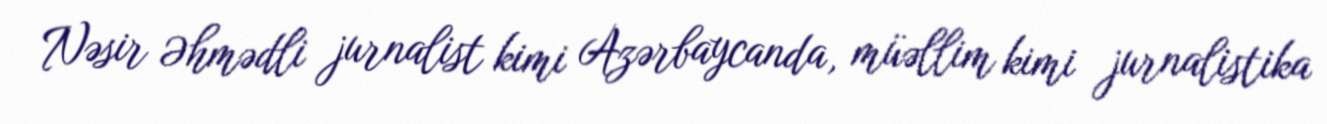
Nəsir Əhmədli jurnalist kimi Azərbaycanda, müəllim kimi jurnalistika